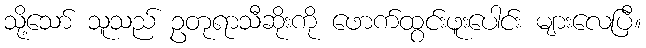
သို့သော် သူသည် ဥတုရာသီဆိုးကို ဖောက်ထွင်းဖူးပေါင်း များလေပြီ။